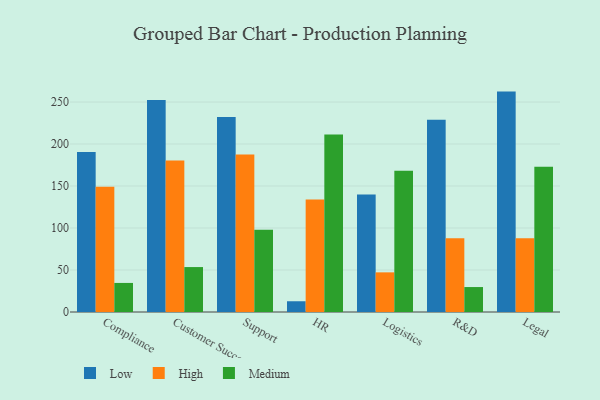
{"axis": {"x": "Department", "y": "Conversion Rate (%)"}, "legend": ["High", "Low", "Medium"], "data": [{"x": "Compliance", "y": 190.6, "type": "Low"}, {"x": "Compliance", "y": 149.0, "type": "High"}, {"x": "Compliance", "y": 34.6, "type": "Medium"}, {"x": "Customer Success", "y": 252.5, "type": "Low"}, {"x": "Customer Success", "y": 180.3, "type": "High"}, {"x": "Customer Success", "y": 53.5, "type": "Medium"}, {"x": "Support", "y": 232.2, "type": "Low"}, {"x": "Support", "y": 187.5, "type": "High"}, {"x": "Support", "y": 98.0, "type": "Medium"}, {"x": "HR", "y": 12.8, "type": "Low"}, {"x": "HR", "y": 134.0, "type": "High"}, {"x": "HR", "y": 211.4, "type": "Medium"}, {"x": "Logistics", "y": 140.0, "type": "Low"}, {"x": "Logistics", "y": 47.2, "type": "High"}, {"x": "Logistics", "y": 168.3, "type": "Medium"}, {"x": "R&D", "y": 229.0, "type": "Low"}, {"x": "R&D", "y": 87.8, "type": "High"}, {"x": "R&D", "y": 29.7, "type": "Medium"}, {"x": "Legal", "y": 262.4, "type": "Low"}, {"x": "Legal", "y": 87.7, "type": "High"}, {"x": "Legal", "y": 173.0, "type": "Medium"}]}